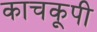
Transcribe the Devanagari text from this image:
काचकूपी